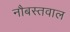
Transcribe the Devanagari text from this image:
नौबस्तवाल